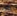
ذلك